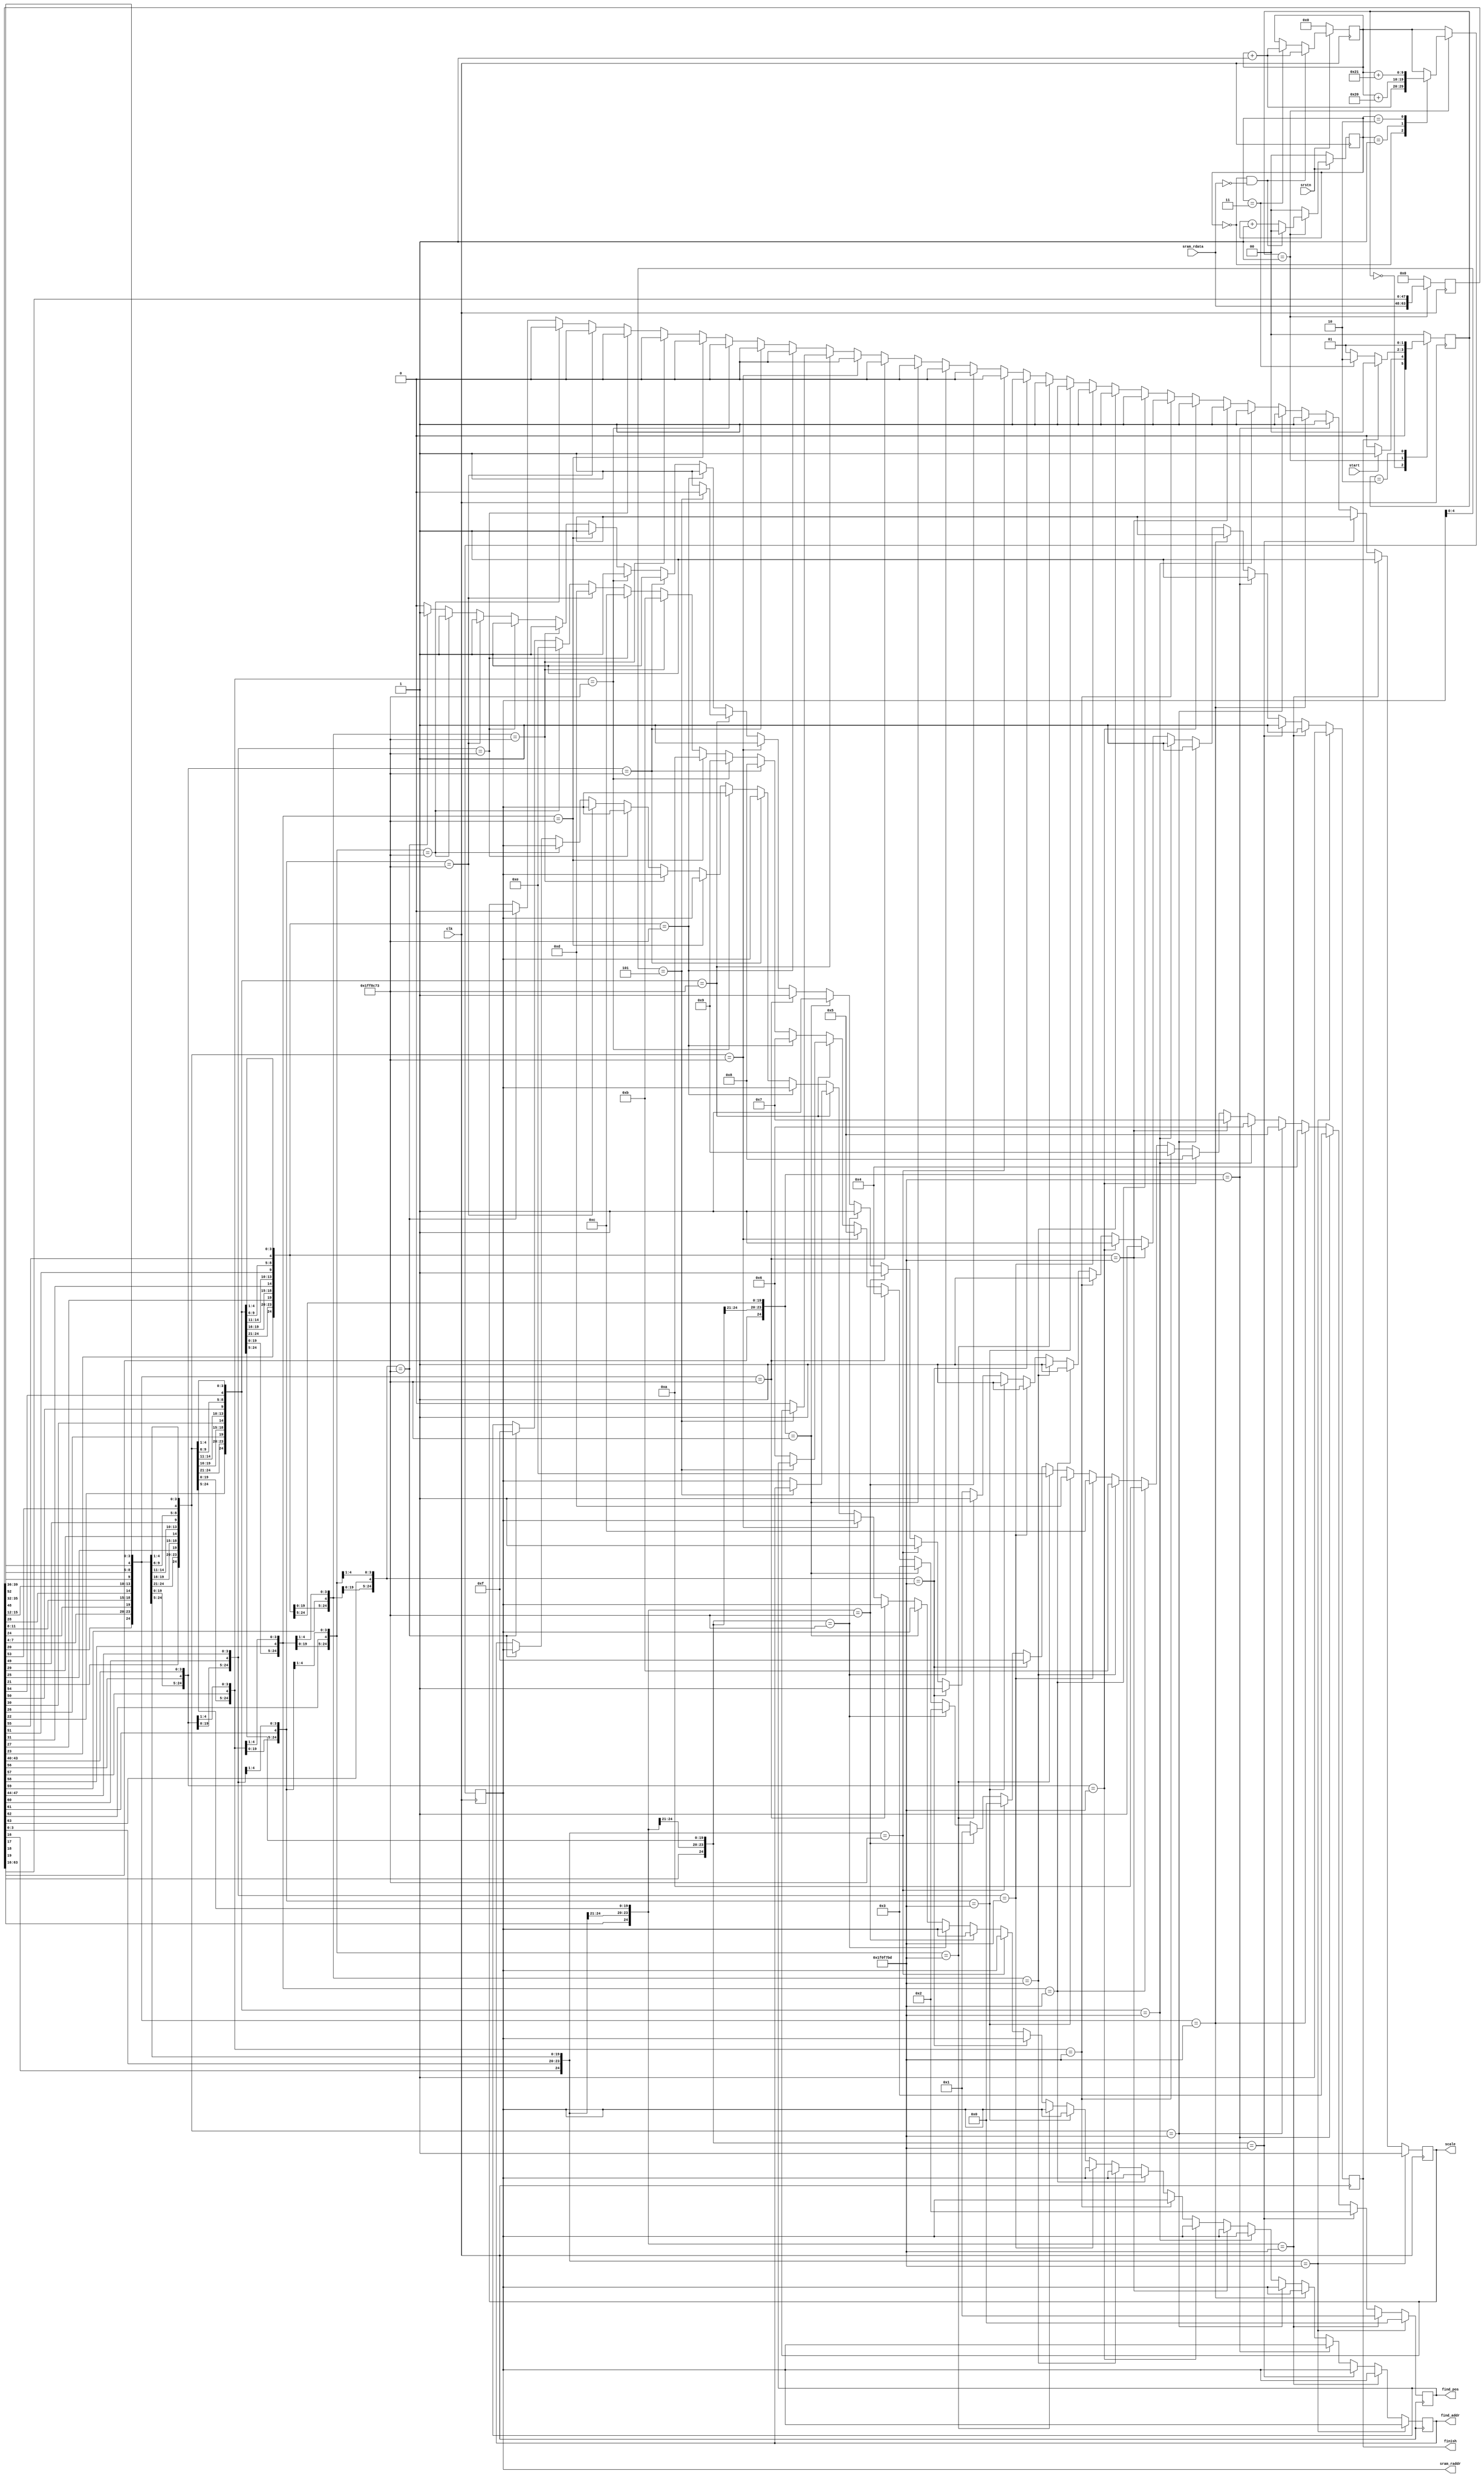
module search(
    input clk,                          //clock input
    input srstn,
    input start,              //start decoding for one QR code
                                        //1: start (one-cycle pulse)
    input [15:0] sram_rdata,            //read data from SRAM
    output reg [9:0] sram_raddr,            //read address to SRAM

    output reg scale, // 1: 25x25 0 : 50x50
    output reg [3:0] find_pos,
    output reg [9:0] find_addr,
    output reg finish
);

parameter IDLE = 2'b00, READ = 2'b01, FIND = 2'b10;

reg finish_nxt;
reg scale_nxt;
reg [9:0] sram_raddr_nxt;
reg [3:0] find_pos_nxt;
reg [9:0] find_addr_nxt;

reg [1:0] state, state_nxt;
reg [1:0] read_cnt, read_cnt_nxt;
reg [9:0] read_offset, read_offset_nxt;
reg [63:0] sram_buf, sram_buf_nxt;
wire [24:0] small_pattern;
wire [24:0] large_pattern;

assign small_pattern = 25'b11111_00001_11101_11101_11101;
assign large_pattern = 25'b11111_11111_00011_00011_10011;

always@(posedge clk) begin
    if(~srstn) begin
        read_offset <= 0;
        read_cnt <= 0;
    end
    else begin
        read_offset <= read_offset_nxt;
        read_cnt <= read_cnt_nxt;
    end
    state <= state_nxt;
    sram_raddr <= sram_raddr_nxt;
    scale <= scale_nxt;
    find_addr <= find_addr_nxt;
    finish <= finish_nxt;
    sram_buf <= sram_buf_nxt;
    find_pos <= find_pos_nxt;
    
end

always @(*) begin
    case(state) //synopsys parallel_case
    IDLE: state_nxt = (start) ? READ : IDLE;
    READ: state_nxt = (finish) ? IDLE: (read_cnt == 2'd3) ? FIND : READ;
    FIND: state_nxt = READ;
    default: state_nxt = IDLE;
    endcase
end

always @(*) begin
    read_offset_nxt = ((read_cnt == 2'b00) && (sram_rdata == 0)) ? read_offset + 1'b1 : (read_cnt == 2'd3) ? read_offset + 1'b1 : read_offset;
    sram_buf_nxt = (state == READ) ? {sram_rdata, sram_buf[63:16]} : 0;
    read_cnt_nxt = (state == READ) ? ((read_cnt == 2'b00) && (sram_rdata == 0)) ? 0 : read_cnt + 1'b1 : 0;
end

always @(*) begin
    if(state == READ)
        case(read_cnt) // synopsys parallel_case
        2'b00: sram_raddr_nxt = read_offset + 1'b1;
        2'b01: sram_raddr_nxt = read_offset + 6'd32;
        2'b10: sram_raddr_nxt = read_offset + 6'd33;
        default: sram_raddr_nxt = read_offset;
        endcase
    else
        sram_raddr_nxt = read_offset;
end

always @(*) begin
    if({sram_buf[16], sram_buf[3:0], sram_buf[20], sram_buf[7:4], sram_buf[24], sram_buf[11:8], sram_buf[28], sram_buf[15:12], sram_buf[48], sram_buf[35:32]} == small_pattern) begin
        scale_nxt = 1;
        find_addr_nxt = sram_raddr;
        find_pos_nxt = 0;
        finish_nxt = 1;
    end
    else if({sram_buf[17:16], sram_buf[3:1], sram_buf[21:20], sram_buf[7:5], sram_buf[25:24], sram_buf[11:9], sram_buf[29:28], sram_buf[15:13], sram_buf[49:48], sram_buf[35:33]} == small_pattern) begin
        scale_nxt = 1;
        find_addr_nxt = sram_raddr;
        find_pos_nxt = 4'd1;
        finish_nxt = 1;
    end
    else if({sram_buf[18:16], sram_buf[3:2], sram_buf[22:20], sram_buf[7:6], sram_buf[26:24], sram_buf[11:10], sram_buf[30:28], sram_buf[15:14], sram_buf[50:48], sram_buf[35:34]} == small_pattern) begin
        scale_nxt = 1;
        find_addr_nxt = sram_raddr;
        find_pos_nxt = 4'd2;
        finish_nxt = 1;
    end
    else if({sram_buf[19:16], sram_buf[3], sram_buf[23:20], sram_buf[7], sram_buf[27:24], sram_buf[11], sram_buf[31:28], sram_buf[15], sram_buf[51:48], sram_buf[35]} == small_pattern) begin
        scale_nxt = 1;
        find_addr_nxt = sram_raddr;
        find_pos_nxt = 4'd3;
        finish_nxt = 1;
    end
    else if({sram_buf[20], sram_buf[7:4], sram_buf[24], sram_buf[11:8], sram_buf[28], sram_buf[15:12], sram_buf[48], sram_buf[35:32], sram_buf[52], sram_buf[39:36]} == small_pattern) begin
        scale_nxt = 1;
        find_addr_nxt = sram_raddr;
        find_pos_nxt = 4'd4;
        finish_nxt = 1;
    end
    else if({sram_buf[21:20], sram_buf[7:5], sram_buf[25:24], sram_buf[11:9], sram_buf[29:28], sram_buf[15:13], sram_buf[49:48], sram_buf[35:33], sram_buf[53:52], sram_buf[39:37]} == small_pattern) begin
        scale_nxt = 1;
        find_addr_nxt = sram_raddr;
        find_pos_nxt = 4'd5;
        finish_nxt = 1;
    end
    else if({sram_buf[22:20], sram_buf[7:6], sram_buf[26:24], sram_buf[11:10], sram_buf[30:28], sram_buf[15:14], sram_buf[50:48], sram_buf[35:34], sram_buf[54:52], sram_buf[39:38]} == small_pattern) begin
        scale_nxt = 1;
        find_addr_nxt = sram_raddr;
        find_pos_nxt = 4'd6;
        finish_nxt = 1;
    end
    else if({sram_buf[23:20], sram_buf[7], sram_buf[27:24], sram_buf[11], sram_buf[31:28], sram_buf[15], sram_buf[51:48], sram_buf[35], sram_buf[55:52], sram_buf[39]} == small_pattern) begin
        scale_nxt = 1;
        find_addr_nxt = sram_raddr;
        find_pos_nxt = 4'd7;
        finish_nxt = 1;
    end
    else if({sram_buf[24], sram_buf[11:8], sram_buf[28], sram_buf[15:12], sram_buf[48], sram_buf[35:32], sram_buf[52], sram_buf[39:36], sram_buf[56], sram_buf[43:40]} == small_pattern) begin
        scale_nxt = 1;
        find_addr_nxt = sram_raddr;
        find_pos_nxt = 4'd8;
        finish_nxt = 1;
    end
    else if({sram_buf[25:24], sram_buf[11:9], sram_buf[29:28], sram_buf[15:13], sram_buf[49:48], sram_buf[35:33], sram_buf[53:52], sram_buf[39:37], sram_buf[57:56], sram_buf[43:41]} == small_pattern) begin
        scale_nxt = 1;
        find_addr_nxt = sram_raddr;
        find_pos_nxt = 4'd9;
        finish_nxt = 1;
    end
    else if({sram_buf[26:24], sram_buf[11:10], sram_buf[30:28], sram_buf[15:14], sram_buf[50:48], sram_buf[35:34], sram_buf[54:52], sram_buf[39:38], sram_buf[58:56], sram_buf[43:42]} == small_pattern) begin
        scale_nxt = 1;
        find_addr_nxt = sram_raddr;
        find_pos_nxt = 4'd10;
        finish_nxt = 1;
    end
    else if({sram_buf[27:24], sram_buf[11], sram_buf[31:28], sram_buf[15], sram_buf[51:48], sram_buf[35], sram_buf[55:52], sram_buf[39], sram_buf[59:56], sram_buf[43]} == small_pattern) begin
        scale_nxt = 1;
        find_addr_nxt = sram_raddr;
        find_pos_nxt = 4'd11;
        finish_nxt = 1;
    end
    else if({sram_buf[28], sram_buf[15:12], sram_buf[48], sram_buf[35:32], sram_buf[52], sram_buf[39:36], sram_buf[56], sram_buf[43:40], sram_buf[60], sram_buf[47:44]} == small_pattern) begin
        scale_nxt = 1;
        find_addr_nxt = sram_raddr;
        find_pos_nxt = 4'd12;
        finish_nxt = 1;
    end
    else if({sram_buf[29:28], sram_buf[15:13], sram_buf[49:48], sram_buf[35:33], sram_buf[53:52], sram_buf[39:37], sram_buf[57:56], sram_buf[43:41], sram_buf[61:60], sram_buf[47:45]} == small_pattern) begin
        scale_nxt = 1;
        find_addr_nxt = sram_raddr;
        find_pos_nxt = 4'd13;
        finish_nxt = 1;
    end
    else if({sram_buf[30:28], sram_buf[15:14], sram_buf[50:48], sram_buf[35:34], sram_buf[54:52], sram_buf[39:38], sram_buf[58:56], sram_buf[43:42], sram_buf[62:60], sram_buf[47:46]} == small_pattern) begin
        scale_nxt = 1;
        find_addr_nxt = sram_raddr;
        find_pos_nxt = 4'd14;
        finish_nxt = 1;
    end
    else if({sram_buf[31:28], sram_buf[15], sram_buf[51:48], sram_buf[35], sram_buf[55:52], sram_buf[39], sram_buf[59:56], sram_buf[43], sram_buf[63:60], sram_buf[47]} == small_pattern) begin
        scale_nxt = 1;
        find_addr_nxt = sram_raddr;
        find_pos_nxt = 4'd15;
        finish_nxt = 1;
    end
    else if({sram_buf[16], sram_buf[3:0], sram_buf[20], sram_buf[7:4], sram_buf[24], sram_buf[11:8], sram_buf[28], sram_buf[15:12], sram_buf[48], sram_buf[35:32]} == large_pattern) begin
        scale_nxt = 0;
        find_addr_nxt = sram_raddr;
        find_pos_nxt = 0;
        finish_nxt = 1;
    end
    else if({sram_buf[17:16], sram_buf[3:1], sram_buf[21:20], sram_buf[7:5], sram_buf[25:24], sram_buf[11:9], sram_buf[29:28], sram_buf[15:13], sram_buf[49:48], sram_buf[35:33]} == large_pattern) begin
        scale_nxt = 0;
        find_addr_nxt = sram_raddr;
        find_pos_nxt = 4'd1;
        finish_nxt = 1;
    end
    else if({sram_buf[18:16], sram_buf[3:2], sram_buf[22:20], sram_buf[7:6], sram_buf[26:24], sram_buf[11:10], sram_buf[30:28], sram_buf[15:14], sram_buf[50:48], sram_buf[35:34]} == large_pattern) begin
        scale_nxt = 0;
        find_addr_nxt = sram_raddr;
        find_pos_nxt = 4'd2;
        finish_nxt = 1;
    end
    else if({sram_buf[19:16], sram_buf[3], sram_buf[23:20], sram_buf[7], sram_buf[27:24], sram_buf[11], sram_buf[31:28], sram_buf[15], sram_buf[51:48], sram_buf[35]} == large_pattern) begin
        scale_nxt = 0;
        find_addr_nxt = sram_raddr;
        find_pos_nxt = 4'd3;
        finish_nxt = 1;
    end
    else if({sram_buf[20], sram_buf[7:4], sram_buf[24], sram_buf[11:8], sram_buf[28], sram_buf[15:12], sram_buf[48], sram_buf[35:32], sram_buf[52], sram_buf[39:36]} == large_pattern) begin
        scale_nxt = 0;
        find_addr_nxt = sram_raddr;
        find_pos_nxt = 4'd4;
        finish_nxt = 1;
    end
    else if({sram_buf[21:20], sram_buf[7:5], sram_buf[25:24], sram_buf[11:9], sram_buf[29:28], sram_buf[15:13], sram_buf[49:48], sram_buf[35:33], sram_buf[53:52], sram_buf[39:37]} == large_pattern) begin
        scale_nxt = 0;
        find_addr_nxt = sram_raddr;
        find_pos_nxt = 4'd5;
        finish_nxt = 1;
    end
    else if({sram_buf[22:20], sram_buf[7:6], sram_buf[26:24], sram_buf[11:10], sram_buf[30:28], sram_buf[15:14], sram_buf[50:48], sram_buf[35:34], sram_buf[54:52], sram_buf[39:38]} == large_pattern) begin
        if(sram_raddr[4:0] == 4'd5) begin
            scale_nxt = scale;
            find_addr_nxt = find_addr;
            find_pos_nxt = find_pos;
            finish_nxt = 0;
        end
        else begin
            scale_nxt = 0;
            find_addr_nxt = sram_raddr;
            find_pos_nxt = 4'd6;
            finish_nxt = 1;
        end
    end
    else if({sram_buf[23:20], sram_buf[7], sram_buf[27:24], sram_buf[11], sram_buf[31:28], sram_buf[15], sram_buf[51:48], sram_buf[35], sram_buf[55:52], sram_buf[39]} == large_pattern) begin
        scale_nxt = 0;
        find_addr_nxt = sram_raddr;
        find_pos_nxt = 4'd7;
        finish_nxt = 1;
    end
    else if({sram_buf[24], sram_buf[11:8], sram_buf[28], sram_buf[15:12], sram_buf[48], sram_buf[35:32], sram_buf[52], sram_buf[39:36], sram_buf[56], sram_buf[43:40]} == large_pattern) begin
        scale_nxt = 0;
        find_addr_nxt = sram_raddr;
        find_pos_nxt = 4'd8;
        finish_nxt = 1;
    end
    else if({sram_buf[25:24], sram_buf[11:9], sram_buf[29:28], sram_buf[15:13], sram_buf[49:48], sram_buf[35:33], sram_buf[53:52], sram_buf[39:37], sram_buf[57:56], sram_buf[43:41]} == large_pattern) begin
        scale_nxt = 0;
        find_addr_nxt = sram_raddr;
        find_pos_nxt = 4'd9;
        finish_nxt = 1;
    end
    else if({sram_buf[26:24], sram_buf[11:10], sram_buf[30:28], sram_buf[15:14], sram_buf[50:48], sram_buf[35:34], sram_buf[54:52], sram_buf[39:38], sram_buf[58:56], sram_buf[43:42]} == large_pattern) begin
        scale_nxt = 0;
        find_addr_nxt = sram_raddr;
        find_pos_nxt = 4'd10;
        finish_nxt = 1;
    end
    else if({sram_buf[27:24], sram_buf[11], sram_buf[31:28], sram_buf[15], sram_buf[51:48], sram_buf[35], sram_buf[55:52], sram_buf[39], sram_buf[59:56], sram_buf[43]} == large_pattern) begin
        scale_nxt = 0;
        find_addr_nxt = sram_raddr;
        find_pos_nxt = 4'd11;
        finish_nxt = 1;
    end
    else if({sram_buf[28], sram_buf[15:12], sram_buf[48], sram_buf[35:32], sram_buf[52], sram_buf[39:36], sram_buf[56], sram_buf[43:40], sram_buf[60], sram_buf[47:44]} == large_pattern) begin
        scale_nxt = 0;
        find_addr_nxt = sram_raddr;
        find_pos_nxt = 4'd12;
        finish_nxt = 1;
    end
    else if({sram_buf[29:28], sram_buf[15:13], sram_buf[49:48], sram_buf[35:33], sram_buf[53:52], sram_buf[39:37], sram_buf[57:56], sram_buf[43:41], sram_buf[61:60], sram_buf[47:45]} == large_pattern) begin
        scale_nxt = 0;
        find_addr_nxt = sram_raddr;
        find_pos_nxt = 4'd13;
        finish_nxt = 1;
    end
    else if({sram_buf[30:28], sram_buf[15:14], sram_buf[50:48], sram_buf[35:34], sram_buf[54:52], sram_buf[39:38], sram_buf[58:56], sram_buf[43:42], sram_buf[62:60], sram_buf[47:46]} == large_pattern) begin
        scale_nxt = 0;
        find_addr_nxt = sram_raddr;
        find_pos_nxt = 4'd14;
        finish_nxt = 1;
    end
    else if({sram_buf[31:28], sram_buf[15], sram_buf[51:48], sram_buf[35], sram_buf[55:52], sram_buf[39], sram_buf[59:56], sram_buf[43], sram_buf[63:60], sram_buf[47]} == large_pattern) begin
        scale_nxt = 0;
        find_addr_nxt = sram_raddr;
        find_pos_nxt = 4'd15;
        finish_nxt = 1;
    end
    else begin
        scale_nxt = scale;
        find_addr_nxt = find_addr;
        find_pos_nxt = find_pos;
        finish_nxt = 0;
    end
end

endmodule